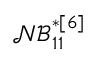
\mathcal { N B } _ { 1 1 } ^ { * [ 6 ] }